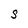
Character: S